Scottish Leaving Certificate Examination, 1957
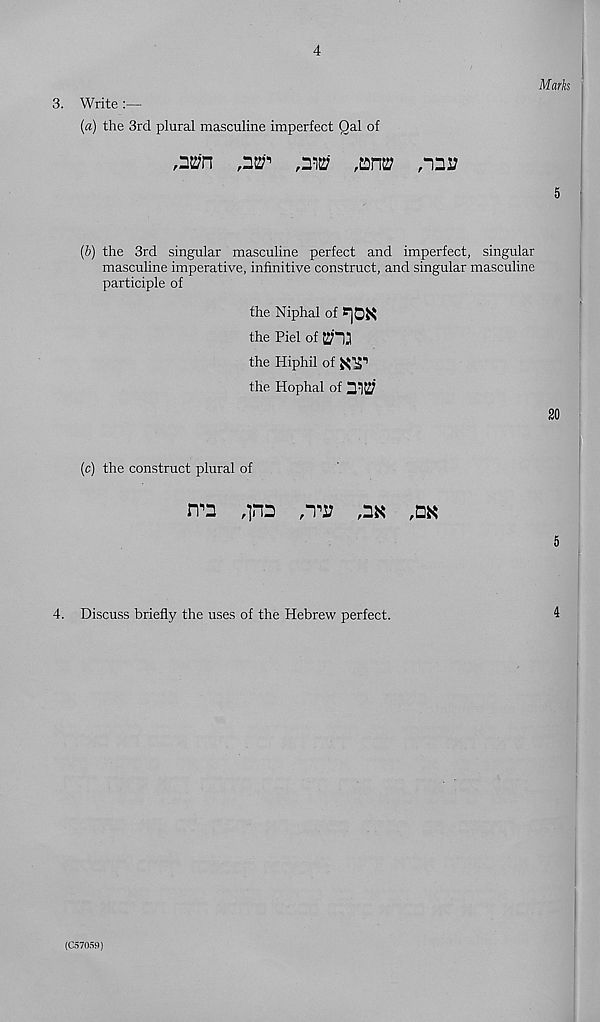
Marks
3. Write
(a) the 3rd plural masculine imperfect Qal of
,2t2;'n
,3^
,3^' ,tDnt2
,-133
5
(b) the 3rd singular masculine perfect and imperfect, singular
masculine imperative, infinitive construct, and singular masculine
participle of
the Niphal of ^0^
the Piel of $“13
the Hiphil of
the Hophal of $1$
(c) the construct plural of
rr3
,p3
,3K ,DK
5
4. Discuss briefly the uses of the Hebrew perfect.
4
(C57059)